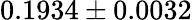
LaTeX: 0.1934\pm 0.0032